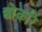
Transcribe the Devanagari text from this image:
छोकरि